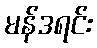
မန်ဒရင်း